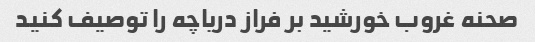
صحنه غروب خورشید بر فراز دریاچه را توصیف کنید